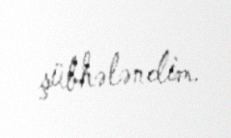
şübhələndim.